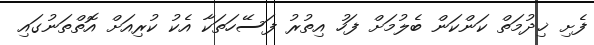
ފެށި ޚިދުމަތް ކަންކަން ބެލުމަށް ފަހު އިތުރު ފަސޭހަތަކާ އެކު ކުރިއަށް އޮތްތަނުގައި